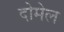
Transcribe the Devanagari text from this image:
दोमेल